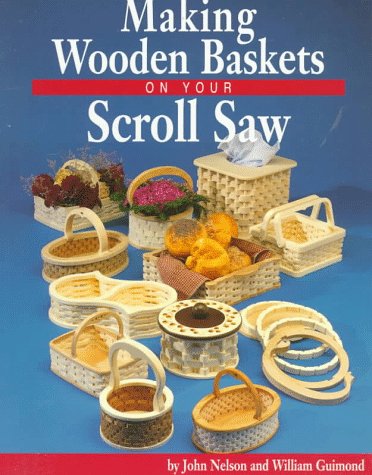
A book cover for Making Wooden Baskets on Your Scroll Saw; John Nelson; Crafts, Hobbies & Home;